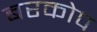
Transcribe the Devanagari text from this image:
बरकोप